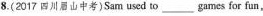
8.(2017 四川山中考)Sam used to___ games for fun,